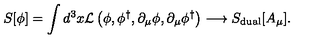
S [ \phi ] = \int d ^ { 3 } x { \cal L } \left( \phi , \phi ^ { \dagger } , \partial _ { \mu } \phi , \partial _ { \mu } \phi ^ { \dagger } \right) \longrightarrow S _ { \mathrm { d u a l } } [ A _ { \mu } ] .